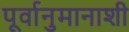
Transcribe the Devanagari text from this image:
पूर्वानुमानाशी